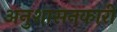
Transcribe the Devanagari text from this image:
अनुशासनकारी